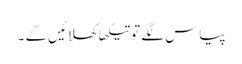
پیاس لگے تو تیکھا کھلائیں گے ۔